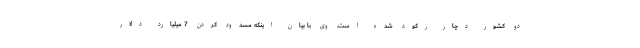
دو کشور دچار رکود شده است. وی با بیان اینکه مسدود کردن 7 میلیارد دلار